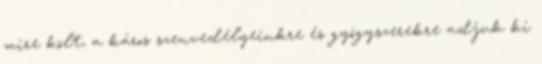
mire költ, a káros szenvedélyeinkre és gyógyszerekre adjuk ki